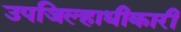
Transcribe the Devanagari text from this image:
उपजिल्हाधीकारी